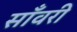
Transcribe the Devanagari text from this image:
साँवरी